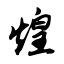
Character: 煌